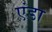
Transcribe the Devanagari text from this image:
एंडा